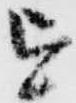
を